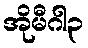
အိုမီဂါ၃